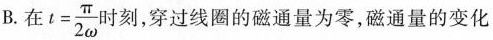
B.在 $$t= \frac{\pi}{2 \omega}$$ 时刻，穿过线圈的磁通量为零，磁通量的变化